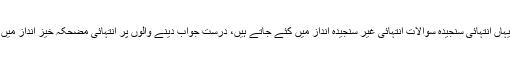
رمضان نشریات میں انتہائی سنجیدہ ماحول ہونا چاہئے مگر یہاں انتہائی سنجیدہ سوالات انتہائی غیر سنجیدہ انداز میں کئے جاتے ہیں، درست جواب دینے والوں پر انتہائی مضحکہ خیز انداز میں انعامات اچھال دیئے جاتے ہیں تاکہ محفل مزاحیہ بن سکے۔